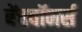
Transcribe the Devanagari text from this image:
बेंचवॉमर्स